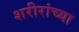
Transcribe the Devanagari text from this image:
शरीरांच्या